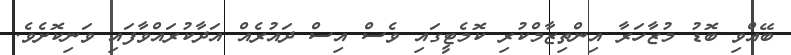
ބޭއްވި ބޮޑު މުޒާހަރާ އިންތިޒާމްކުރި ކޮމެޓީގައި ވެސް އިސް ދައުރެއް އަދާކުރައްވާފައި ވަނިކޮށެވެ.